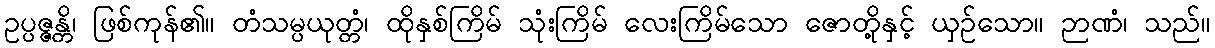
ဥပ္ပဇ္ဇန္တိ၊ ဖြစ်ကုန်၏။ တံသမ္ပယုတ္တံ၊ ထိုနှစ်ကြိမ် သုံးကြိမ် လေးကြိမ်သော ဇောတို့နှင့် ယှဉ်သော။ ဉာဏံ၊ သည်။